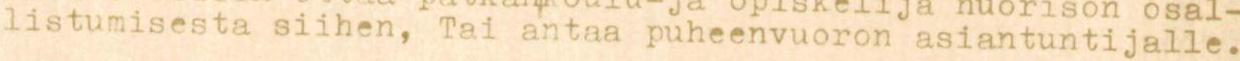
listumisesta siihen, Tai antaa puheenvuoron asiantuntijalle.